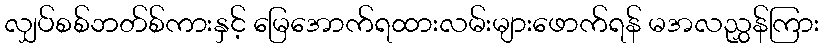
လျှပ်စစ်ဘတ်စ်ကားနှင့် မြေအောက်ရထားလမ်းများဖောက်ရန် မအလညွှန်ကြား